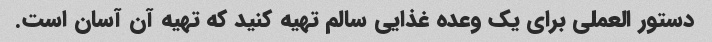
دستور العملی برای یک وعده غذایی سالم تهیه کنید که تهیه آن آسان است.